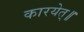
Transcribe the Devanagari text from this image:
कारयेत्॥